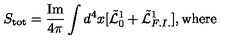
S _ { \mathrm { \em t o t } } = \frac { \mathrm { I m } } { 4 \pi } \int d ^ { 4 } x [ \tilde { { \cal L } } _ { 0 } ^ { 1 } + \tilde { { \cal L } } _ { F . I . } ^ { 1 } ] , \mathrm { w h e r e }